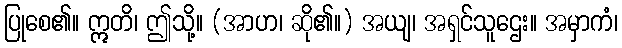
ပြုစေ၏။ ဣတိ၊ ဤသို့။ (အာဟ၊ ဆို၏။) အယျ၊ အရှင်သူဌေး။ အမှာကံ၊